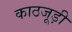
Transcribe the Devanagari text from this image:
काठजूड़ी